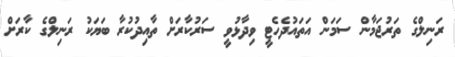
ރަނިލްގެ ތަރުޖަމާން ސަމަން އަތައުދެހެޓީ ވިދާޅުވީ ސަރުކާރަށް ތާއިދުކުރާ ބަޔަކު ރަނިލްގެ ކާރަށް